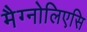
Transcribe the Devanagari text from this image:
मैग्नोलिएसि